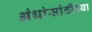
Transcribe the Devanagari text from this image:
अंधांसांठीच्या